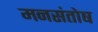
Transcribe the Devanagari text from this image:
मनसंतोष